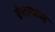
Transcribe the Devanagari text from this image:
रंगायण